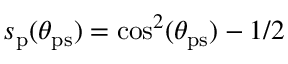
s _ { \mathrm { p } } ( \theta _ { \mathrm { p s } } ) = \cos ^ { 2 } ( \theta _ { \mathrm { p s } } ) - 1 / 2